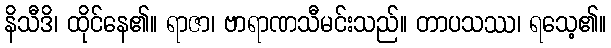
နိသီဒိ၊ ထိုင်နေ၏။ ရာဇာ၊ ဗာရာဏသီမင်းသည်။ တာပသဿ၊ ရသေ့၏။